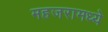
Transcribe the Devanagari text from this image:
महजरामध्ये